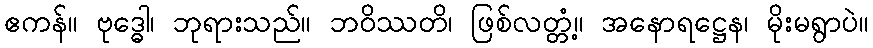
ဧကန်။ ဗုဒ္ဓေါ၊ ဘုရားသည်။ ဘဝိဿတိ၊ ဖြစ်လတ္တံ့။ အနောရဋ္ဌေန၊ မိုးမရွာပဲ။